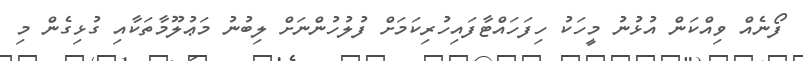
ފޯނެއް ވިއްކަން އުޅުނު މީހަކު ހިފަހައްޓާފައިހުރިކަަމަށް ފުލުހުންނަށް ލިބުނު މަޢުލޫމާތަކާއި ގުޅިގެން މި